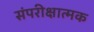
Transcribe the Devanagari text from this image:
संपरीक्षात्मक